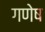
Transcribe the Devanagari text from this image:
गणेष